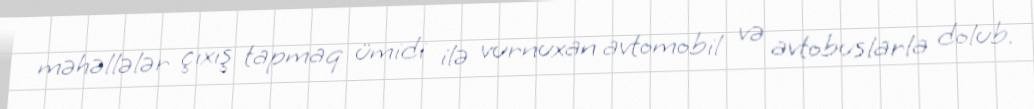
məhəllələr çıxış tapmaq ümidi ilə vurnuxan avtomobil və avtobuslarla dolub.